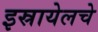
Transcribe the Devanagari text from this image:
इस्रायेलचे